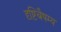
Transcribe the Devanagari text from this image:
दृष्टिबैषम्य